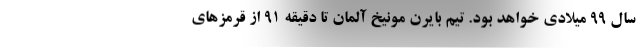
سال 99 میلادی خواهد بود. تیم بایرن مونیخ آلمان تا دقیقه 91 از قرمزهای